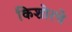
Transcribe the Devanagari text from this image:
किशोरचे